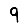
Digit: 9